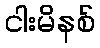
ငါးမိနစ်